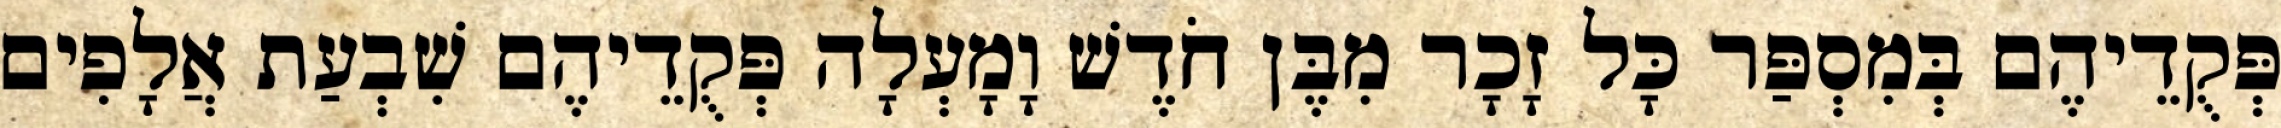
פְּקֻדֵיהֶם בְּמִסְפַּר כָּל זָכָר מִבֶּן חֹדֶשׁ וָמָעְלָה פְּקֻדֵיהֶם שִׁבְעַת אֲלָפִים